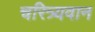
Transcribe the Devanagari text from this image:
चरित्र्यवान